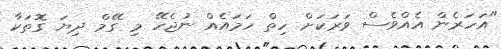
"އަހަރެން އެއްވެސް ވަރަކަށް ހިތް ހަމައެއް ނުޖެހޭ މި ގޭމް ދިޔަ ގޮތަކާ